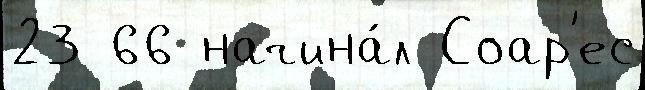
23 66 начина́л Соар'ес